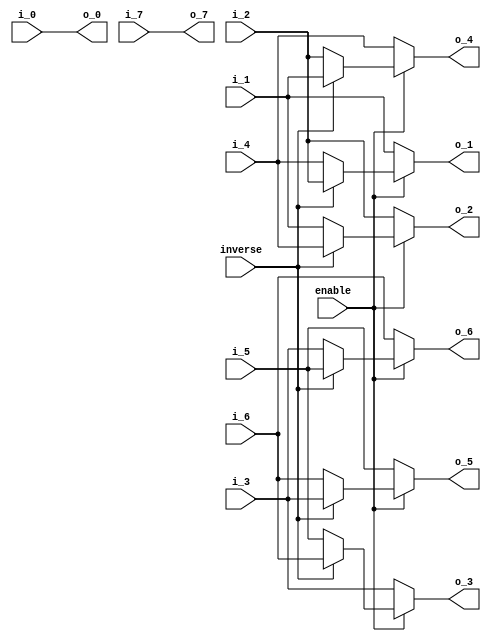
module premuat_8(
            enable,
           inverse,
           
               i_0,
               i_1,
               i_2,
               i_3,
               i_4,
               i_5,
               i_6,
               i_7,
               
               o_0,
               o_1,
               o_2,
               o_3,
               o_4,
               o_5,
               o_6,
               o_7
);

// ********************************************
//                                             
//    INPUT / OUTPUT DECLARATION                                               
//                                                                             
// ********************************************

input                enable;
input               inverse;
input  signed  [27:0]   i_0;
input  signed  [27:0]   i_1;
input  signed  [27:0]   i_2;
input  signed  [27:0]   i_3;
input  signed  [27:0]   i_4;
input  signed  [27:0]   i_5;
input  signed  [27:0]   i_6;
input  signed  [27:0]   i_7;


output  signed [27:0]   o_0;
output  signed [27:0]   o_1;
output  signed [27:0]   o_2;
output  signed [27:0]   o_3;
output  signed [27:0]   o_4;
output  signed [27:0]   o_5;
output  signed [27:0]   o_6;
output  signed [27:0]   o_7;

// ********************************************
//                                             
//   REG DECLARATION                                               
//                                                                             
// ********************************************

reg   signed   [27:0]    o1;
reg   signed   [27:0]    o2;
reg   signed   [27:0]    o3;
reg   signed   [27:0]    o4;
reg   signed   [27:0]    o5;
reg   signed   [27:0]    o6;

// ********************************************
//                                             
//    Combinational Logic                      
//                                             
// ********************************************

always@(*)
if(inverse)
  begin
     o1=i_2;
     o2=i_4;
     o3=i_6;
     o4=i_1;
     o5=i_3;
     o6=i_5;
   end
 else
   begin
     o1=i_4;
     o2=i_1;
     o3=i_5;
     o4=i_2;
     o5=i_6;
     o6=i_3;
   end

assign  o_0=i_0;
assign  o_1=enable?o1:i_1;
assign  o_2=enable?o2:i_2;
assign  o_3=enable?o3:i_3;
assign  o_4=enable?o4:i_4;
assign  o_5=enable?o5:i_5;
assign  o_6=enable?o6:i_6;
assign  o_7=i_7;

endmodule